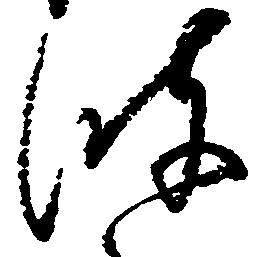
波